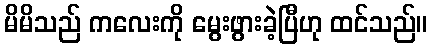
မိမိသည် ကလေးကို မွေးဖွားခဲ့ပြီဟု ထင်သည်။